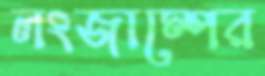
লংজাম্পের